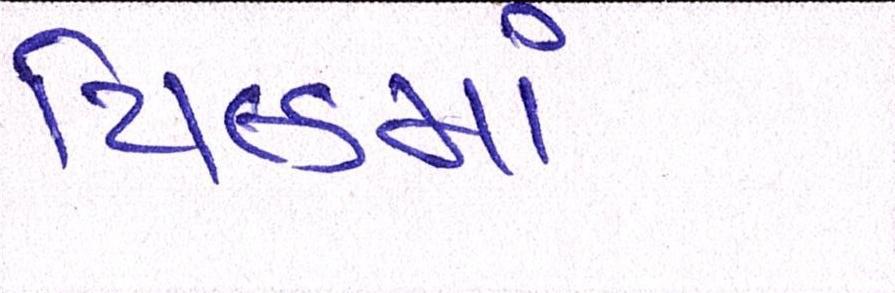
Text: યિલ્ડમાં